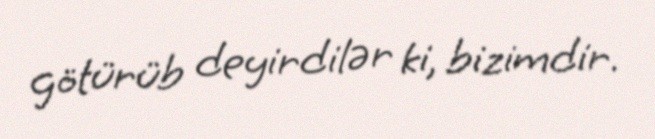
götürüb deyirdilər ki, bizimdir.